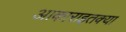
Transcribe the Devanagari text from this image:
आकाराइतक्या